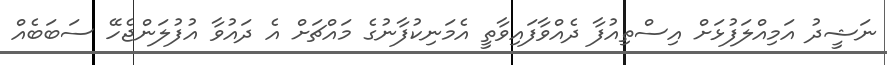
ނަޝީދު އަމިއްލަފުޅަށް އިސްތިއުފާ ދެއްވާފައިވާތީ އެމަނިކުފާނުގެ މައްޗަށް އެ ދައުވާ އުފުލަންޖެހޭ ސަބަބެއް